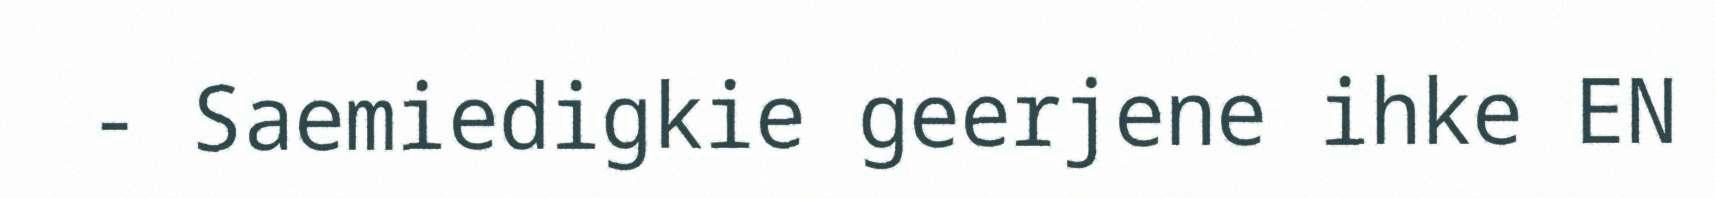
- Saemiedigkie geerjene ihke EN